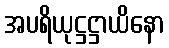
အပရိယုဋ္ဌဋ္ဌာယိနော